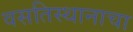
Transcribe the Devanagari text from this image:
वसतिस्थानाचा